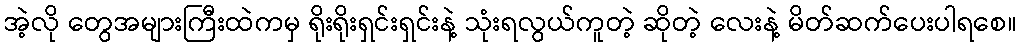
အဲ့လို တွေအများကြီးထဲကမှ ရိုးရိုးရှင်းရှင်းနဲ့ သုံးရလွယ်ကူတဲ့ ဆိုတဲ့ လေးနဲ့ မိတ်ဆက်ပေးပါရစေ။